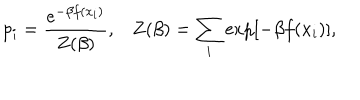
p _ { i } = { \frac { e ^ { - \beta f ( x _ { i } ) } } { Z ( \beta ) } } , \, \, \, \, \, Z ( \beta ) = \sum _ { i } { \exp \left[ { - \beta f ( x _ { i } ) } \right] , }